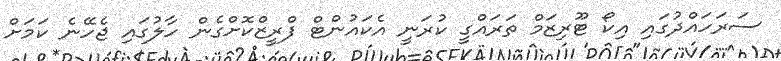
ސަރަހައްދުގައި އިކޯ ޓޫރިޒަމް ތަރައްގީ ކުރަނީ އެކައުންޓް ފްރީޒްކޮށްގެން ހާލުގައި ޖެހޭނެ ކަމަށް